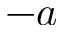
- a